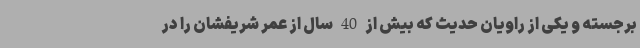
برجسته و یکی از راویان حدیث که بیش از 40 سال از عمر شریفشان را در